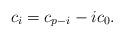
LaTeX: \begin{align*} c_i = c_{p-i} - i c_0.\end{align*}